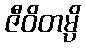
ဇီဝိတမ္ပိ